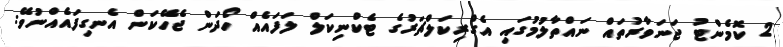
2 ކޮމެންޓު ޖަނަވާރުތައް ނައްތާލުމުގައި އެގްރިކަލްޗަރުގެ ޓެކްނިކަލް ލަފައެއް ހޯދަން ޖެހޭކަން އެނގިފައެއްނުވޭ: